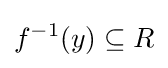
f^{-1}(y)\subseteq R